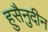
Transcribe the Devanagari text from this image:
हुसैनुदीन